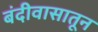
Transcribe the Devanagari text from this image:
बंदीवासातून